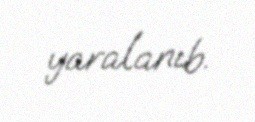
yaralanıb.